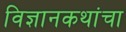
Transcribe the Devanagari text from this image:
विज्ञानकथांचा